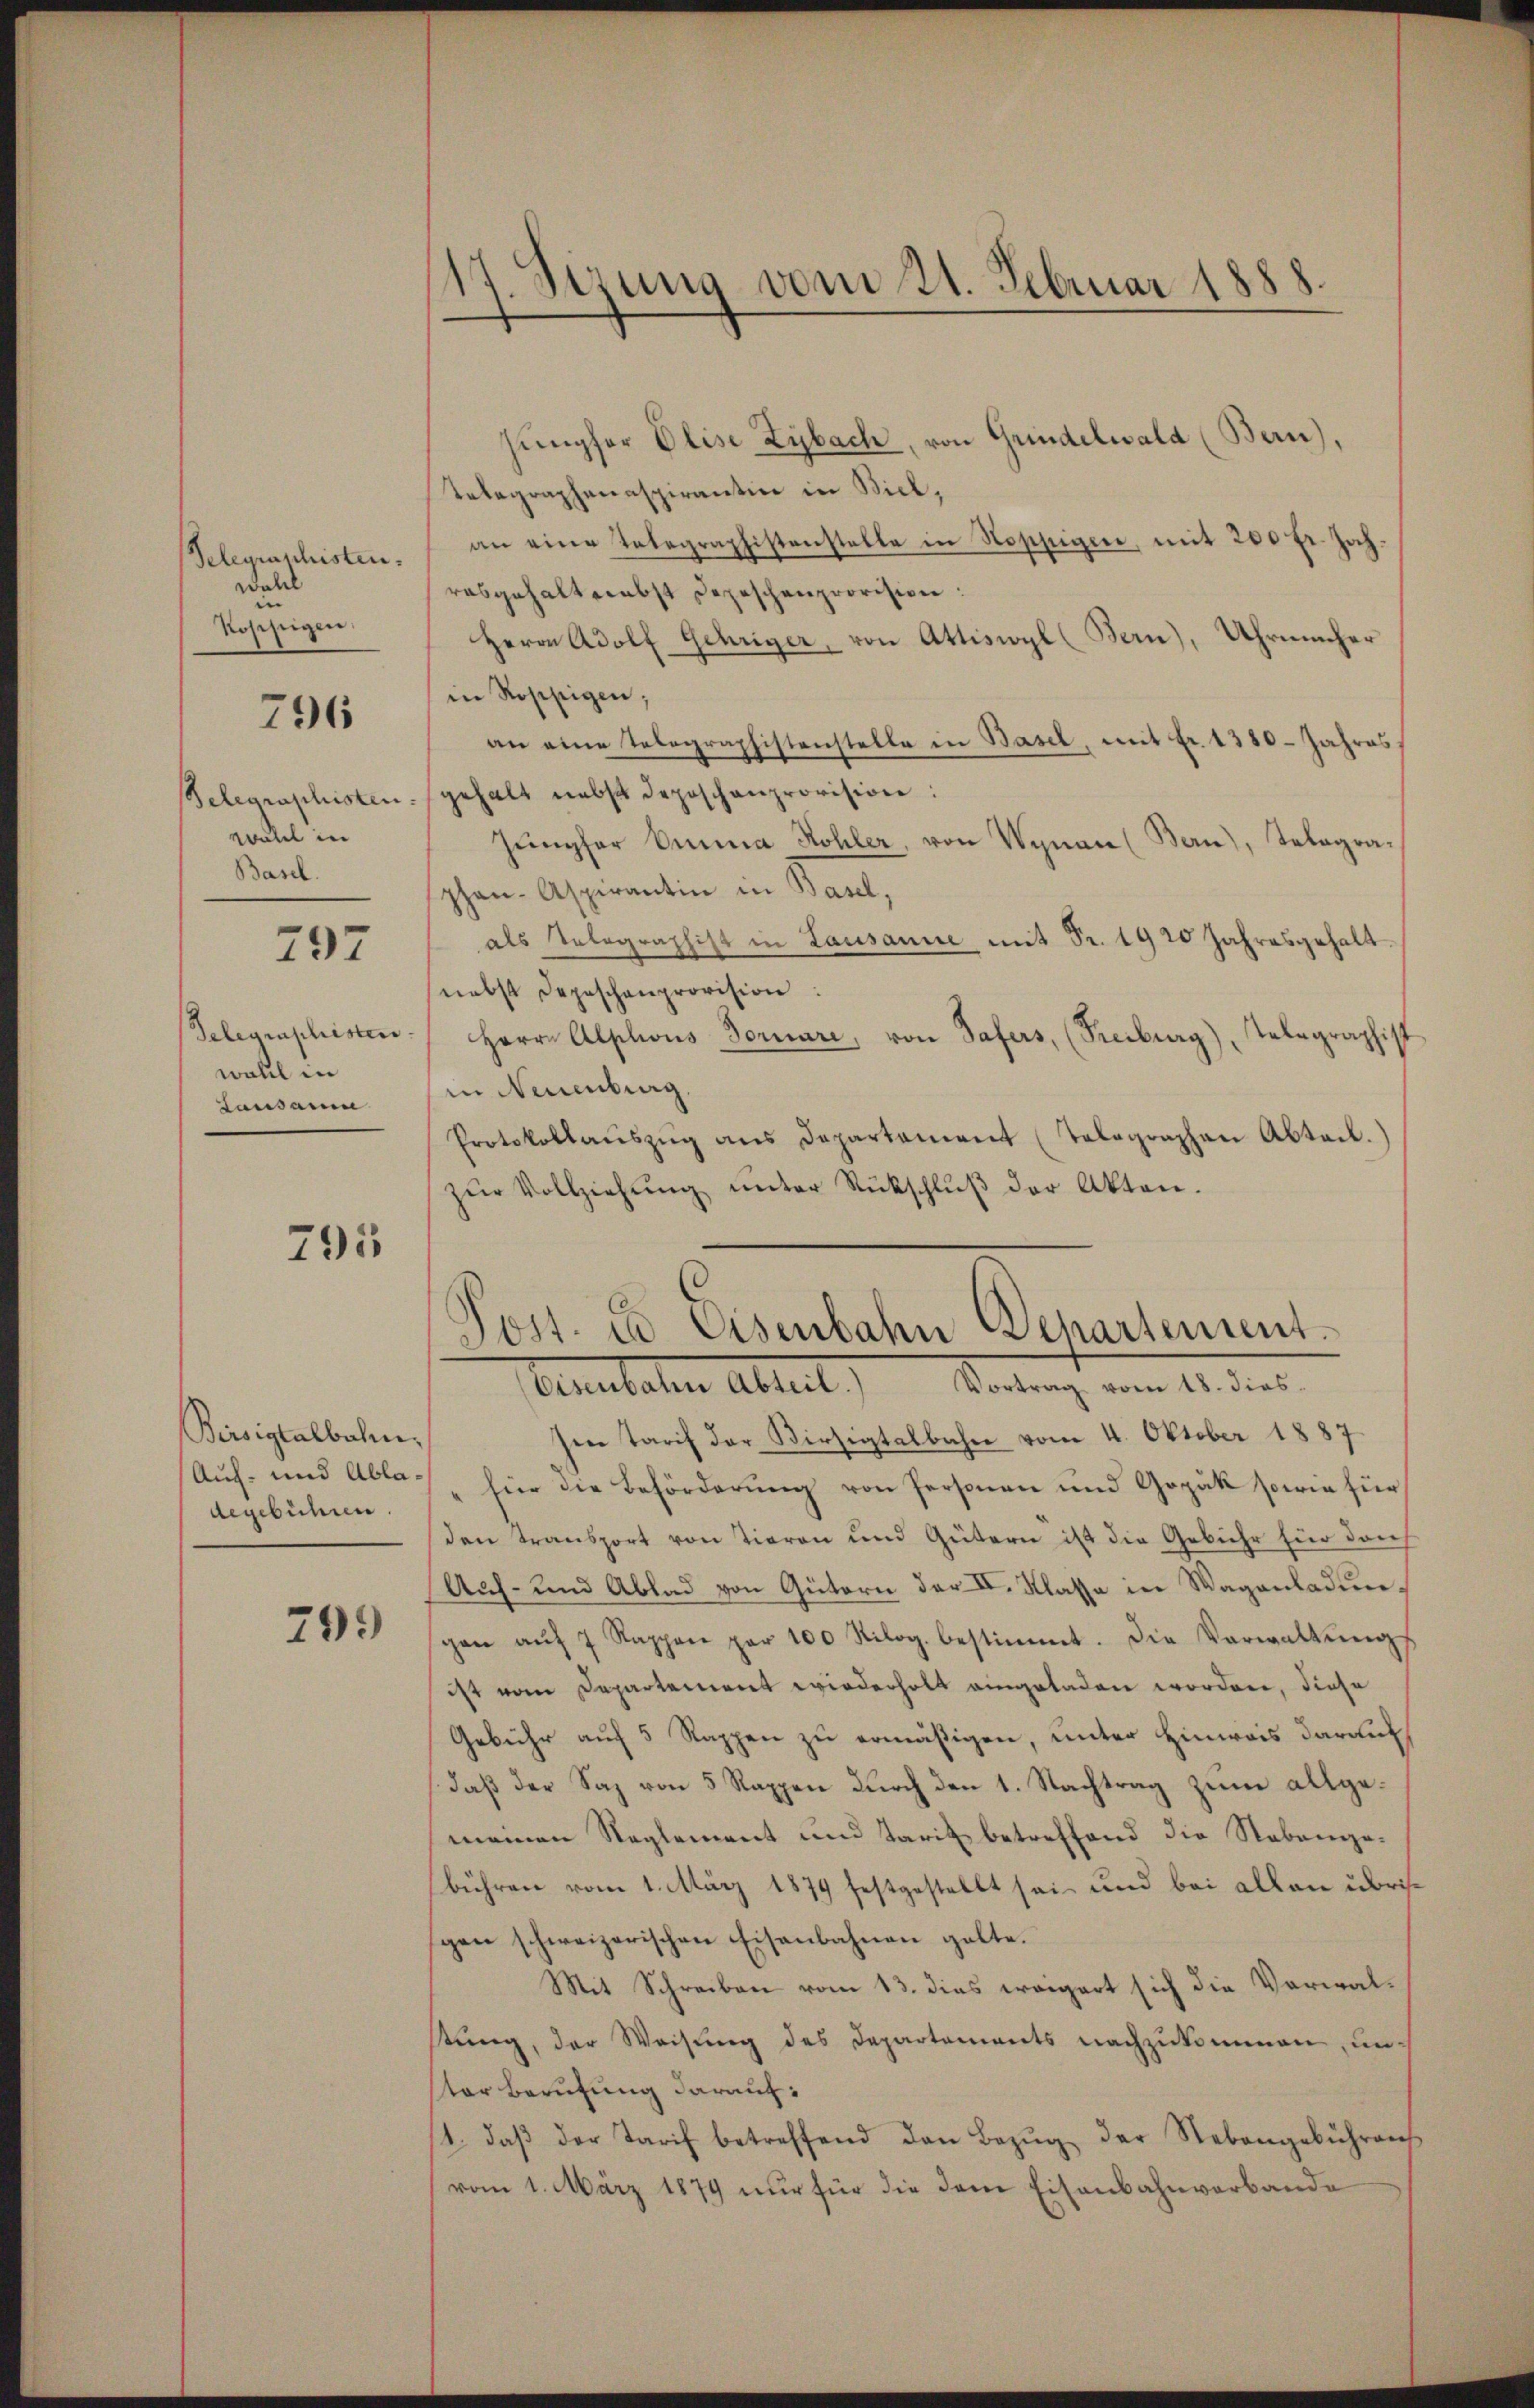
Telegraphisten.
wahl
un
Rohezeigen.

796

wahl in
Basel.

797

wahl in
Lausann

795

Beisitalbahn,
Auf- und Abladegebühren.

799

17. Sizung vom 21. Februar 1888.

sumpfer Elise Zybach, von Grindelwald (Bern),
Telegraphenaspirantin in Biel,
an eine Telegraphistenstelle in Hoppigen, mit 200 fr. Jahrosgehaltenebst Depeschenprovision:
Herrn Adolf Gehriger, von Attiscopl (Bern), Uhrmacher
in Roppigen;
an eine Telegraphistenstelle in Basel, mit Fr. 1380 - Jahres,
Belegraphisten gehalt nebst Deposchenprovision:
Jŭngfer Oma Kohler von Wynau (Bern), Telegraphan- Aspirantin in Basel,
als Telegraphist in Lausanne mit Fr. 1920 Jahresgehalt
nebst Depeschenprovision:
Telegraphisten Herrn Alphons Dornare, von Tafers, (Freiburg), Telegraphist
in Neuenburg
Protokollaŭszŭg ans Departament (Telographen Abtail.)
zŭr Vollziehŭng ŭnter Rückschlŭβ der Akten.

Post. und Eisenbahn Departement.
Anitaten Abteil) Betrag vom 11. dies

sen Tarif der Kirsigtalbahn vom 4. Oktober 1887
für die Beförderung von Personen und Gopäk sowie für
den Transport von Tieren und Gütern ist die Gebühr für dach
Auf- und Ablad von Gütern der IV. Klasse in Wagenladungen aŭf 7 Rappen par 100 Kilog bestimmt. Die Verwaltungs
ist vom Departement wiederholt eingeladen worden, diese
Gebühr auf 5 Rappen zu ermäßigen, unter Hinweis darauf
daß der Saz von 5 Rappen durch den 1. Nachtrag zum allgemeinen Reglement und Tarif betreffend die Nebengebühren vom 1. März 1879 festgestellt sei, und bei allen übrigen schweizerischen Eisenbahnen gelte.
Mit Schreiben vom 13. dies weigert sich die Verwalstung, der Weisung des Departements nachzukommen, un
ster Berufung darauf:
1. daβ der Tarif betreffend den Bezŭg der Nebengebührens
vom 1. März 1879 nur für die dem Eisenbahnverbande